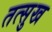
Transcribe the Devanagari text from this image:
तत्सुख